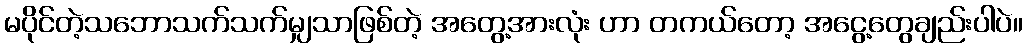
မပိုင်တဲ့သဘောသက်သက်မျှသာဖြစ်တဲ့ အတွေ့အားလုံး ဟာ တကယ်တော့ အငွေ့တွေချည်းပါပဲ။